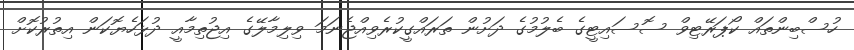
ހުސްބިންތައް ކޯޕަރޭޓިވް ސޮސައިޓީގެ ބެލުމުގެ ދަށުން ތަރައްގީކުރެވިއްޖެނަމަ ވިލިމާލޭގެ އިޖުތިމާއީ ދުޅަހެޔޮކަން އިތުރުކޮށް